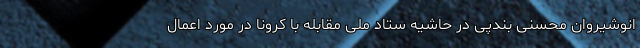
انوشیروان محسنی بندپی در حاشیه ستاد ملی مقابله با کرونا در مورد اعمال